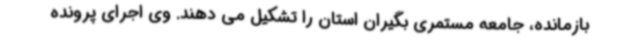
بازمانده، جامعه مستمری بگیران استان را تشکیل می دهند. وی اجرای پرونده